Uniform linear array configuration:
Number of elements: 32
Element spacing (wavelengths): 1
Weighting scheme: exponential
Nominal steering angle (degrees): -60
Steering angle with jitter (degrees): -58.916
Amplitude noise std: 0.05
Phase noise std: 0.05

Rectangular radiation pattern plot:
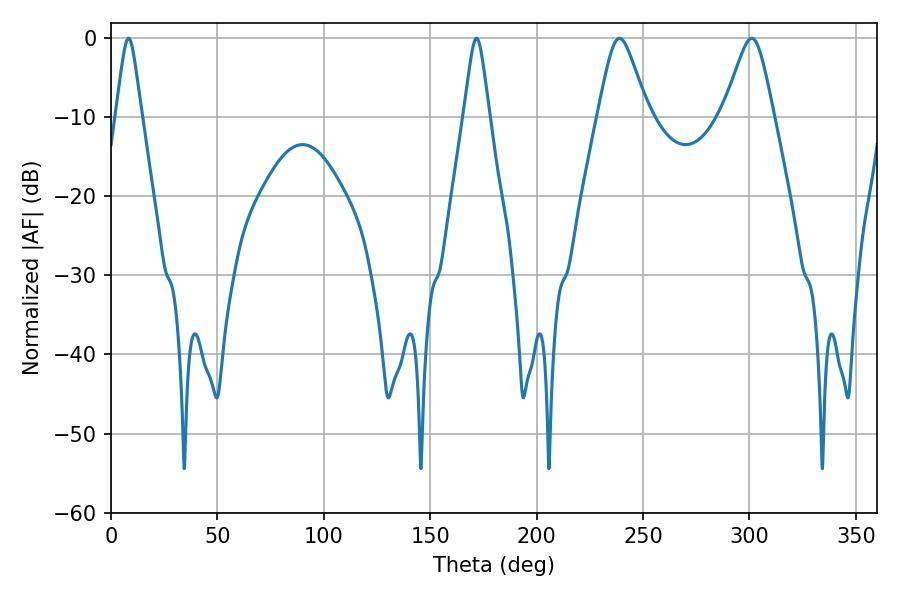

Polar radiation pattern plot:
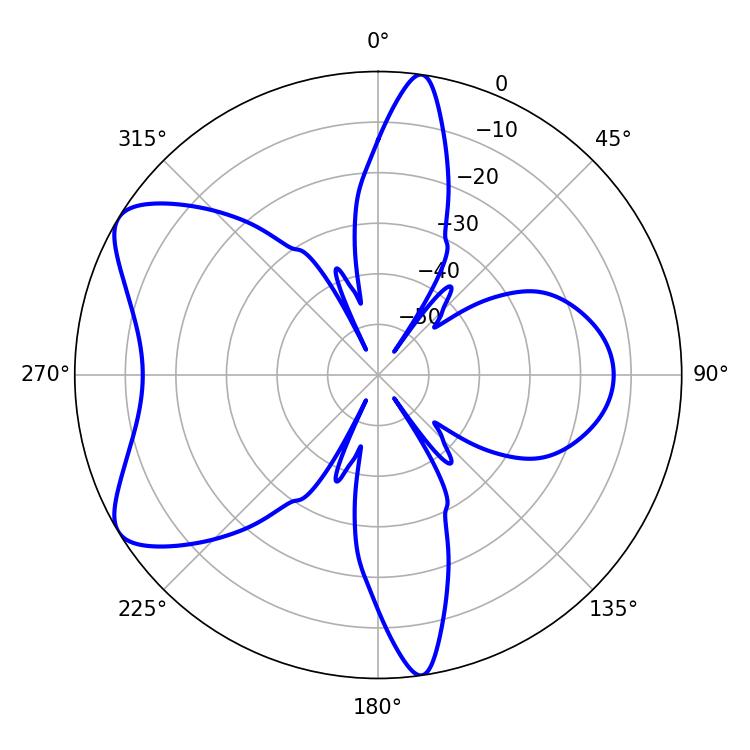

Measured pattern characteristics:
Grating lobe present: TRUE
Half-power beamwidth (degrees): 5.76
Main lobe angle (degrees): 8.28